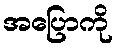
အပြောကို